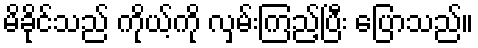
မိခိုင်သည် ကိုယ့်ကို လှမ်းကြည့်ပြီး ပြောသည်။